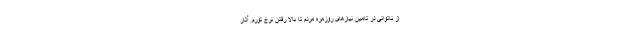
از ناتوانی در تامین نیازهای روزمره مردم تا بالا رفتن نرخ تورم. آثار